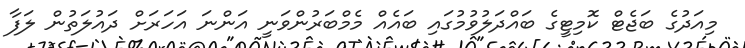
މިއަދުގެ ބަޖެޓް ކޮމިޓީގެ ބައްދަލުވުމުގައި ބައެއް މެމްބަރުންވަނީ އަންނަ އަހަރަށް ދައުލަތުން ލަފާ